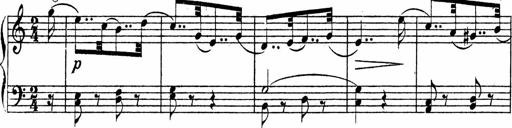
Title: Piano Sonata
Composer: Karl HÃ¤ssler
Key: C major